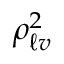
\rho _ { \ell v } ^ { 2 }